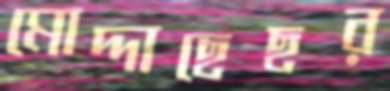
মোদ্দাছেছর